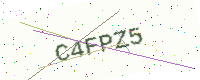
Text: C4FPZ5